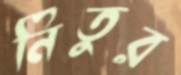
নিতুর